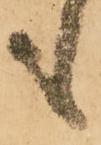
も